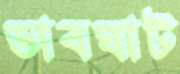
ডাবঘাট